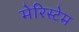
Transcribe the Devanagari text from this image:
मेरिस्टेम